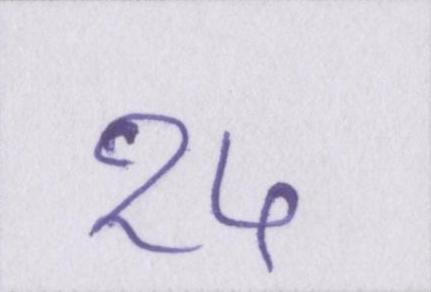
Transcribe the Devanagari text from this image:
१५